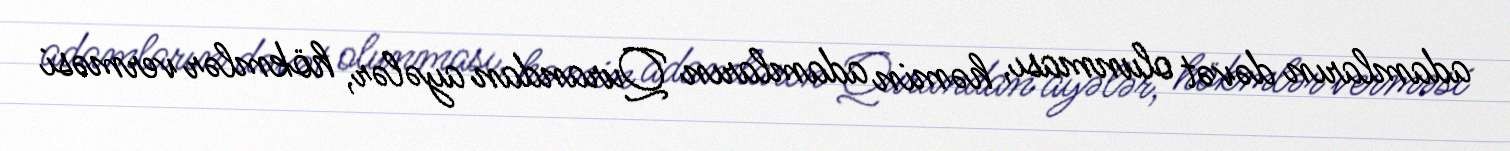
adamların dəvət olunması, həmin adamların Qurandan ayələr, hökmlər verməsi